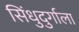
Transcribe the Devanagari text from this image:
सिंधुदुर्गाला